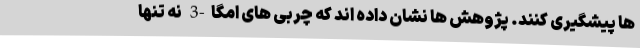
ها پیشگیری کنند. پژوهش ها نشان داده اند که چربی های امگا-3 نه تنها